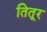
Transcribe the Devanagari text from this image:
तितूर